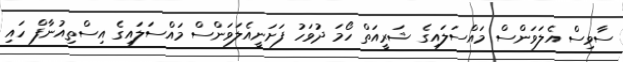
ސާވިސް އެލަވަންސް މައްސަލައިގެ ޝަރީއަތް ހޯމަ ދުވަހު ފަށަނީއެލަވަންސް މައްސަލައިގެ އިސްތިއުނާފް ހައި